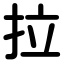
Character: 拉